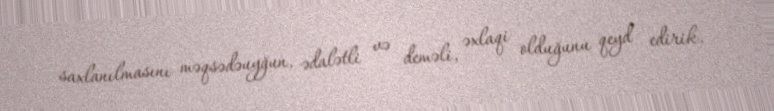
saxlanılmasını məqsədəuyğun, ədalətli və deməli, əxlaqi olduğunu qeyd edirik.